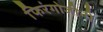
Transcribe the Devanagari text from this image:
फिरंगोजीनी